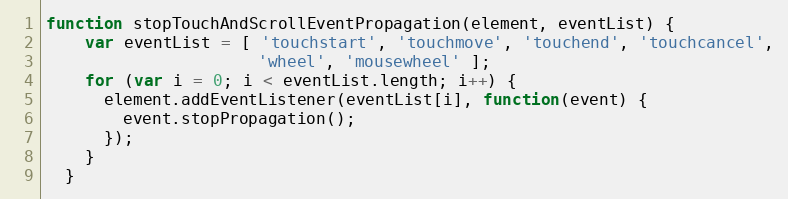
Language: JavaScript
function stopTouchAndScrollEventPropagation(element, eventList) {
    var eventList = [ 'touchstart', 'touchmove', 'touchend', 'touchcancel',
                      'wheel', 'mousewheel' ];
    for (var i = 0; i < eventList.length; i++) {
      element.addEventListener(eventList[i], function(event) {
        event.stopPropagation();
      });
    }
  }